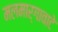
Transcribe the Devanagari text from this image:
मलमार्गावाटे